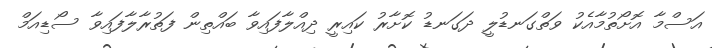
އަސްމާ އޮށޯތުމާއެކު ވަތްގަނޑުލީ ދަގަނޑު ކޮށާރު ކައިރީ ދިއްލާފައިވާ ބައްތިން ފަތުރާލާފައިވާ ސޯޑިއަމް